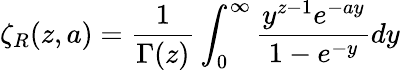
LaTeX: \zeta_{R}(z,a)={\frac{1}{\Gamma(z)}}\int_{0}^{\infty}{\frac{y^{z-1}e^{-ay}}{1-e^{-y}}}dy